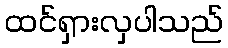
ထင်ရှားလှပါသည်